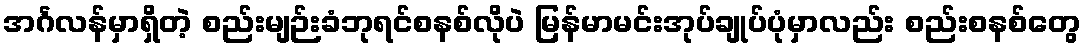
အင်္ဂလန်မှာရှိတဲ့ စည်းမျဉ်းခံဘုရင်စနစ်လိုပဲ မြန်မာမင်းအုပ်ချုပ်ပုံမှာလည်း စည်းစနစ်တွေ